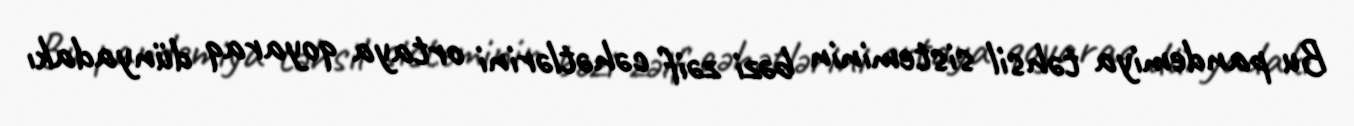
Bu pandemiya təhsil sisteminin bəzi zəif cəhətlərini ortaya qoyaraq dünyadakı